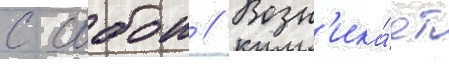
с собои // Возн'ика́ет